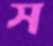
স